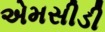
એમસીડી